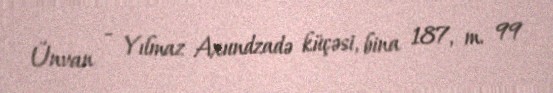
Ünvan - Yılmaz Axundzadə küçəsi, bina 187, m. 99